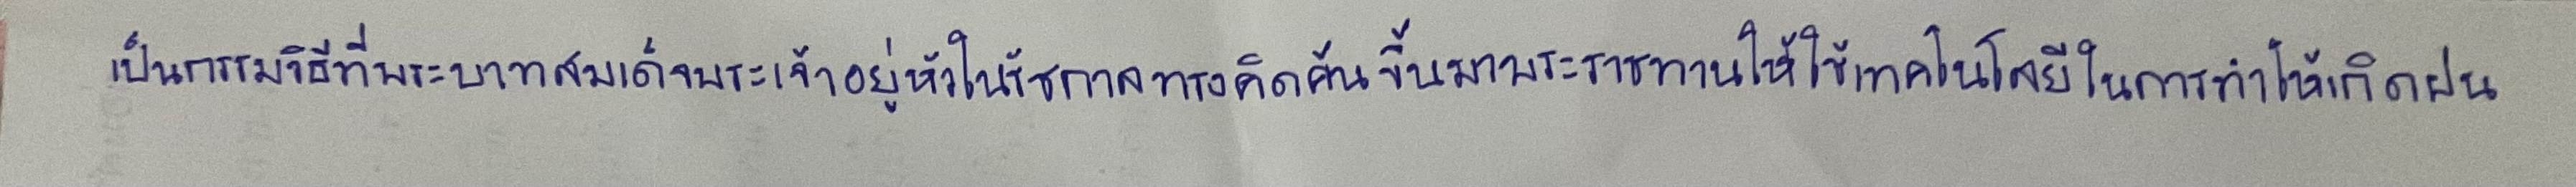
เป็นกรรมวิธีที่พระบาทสมเด็จพระเจ้าอยู่หัวในรัชกาลปัจจุบันทรงคิดค้นขึ้นมาพระราชทานให้ใช้เทคโนโลยีในการทำให้เกิดฝน